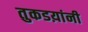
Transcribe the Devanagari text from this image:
तुकडय़ांनी